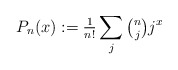
\begin{align*}P_n(x):={\tfrac1{n!}}\sum_{j}\tbinom njj^x\end{align*}